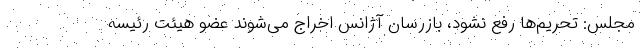
مجلس: تحریم‌ها رفع نشود، بازرسان آژانس اخراج می‌شوند عضو هیئت رئیسه